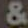
&